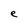
Character: e